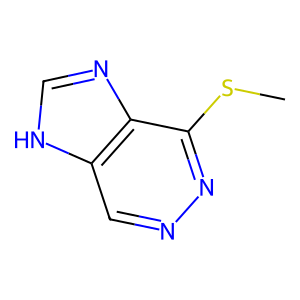
SMILES: CSc1nncc2[nH]cnc12
Inhibits HIV replication: No